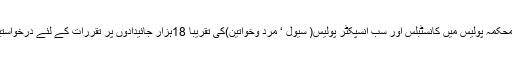
تلنگانہ اسٹیٹ لیول پولیس ریکروٹمنٹ بورڈ نے محکمہ پولیس میں کانسٹبلس اور سب انسپکٹر پولیس( سیول ‘ مرد وخواتین)کی تقریبا 18ہزار جائیدادوں پر تقررات کے لئے درخواستیں مطلوب ہیں جس کی آخری تاریخ30جون ہے۔